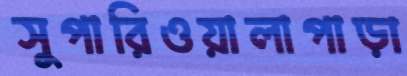
সুপারিওয়ালাপাড়া